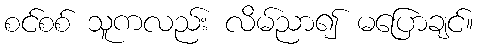
စင်စစ် သူကလည်း လိမ်ညာ၍ မပြောချင်။